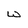
Character: W